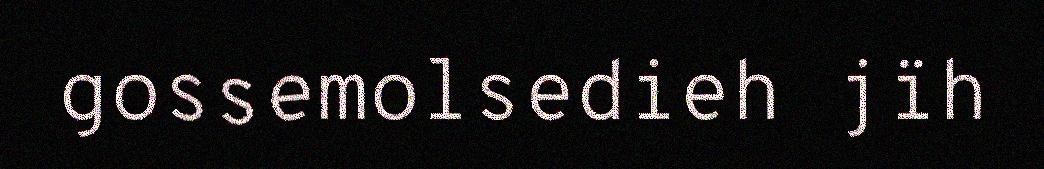
gossemolsedieh jïh